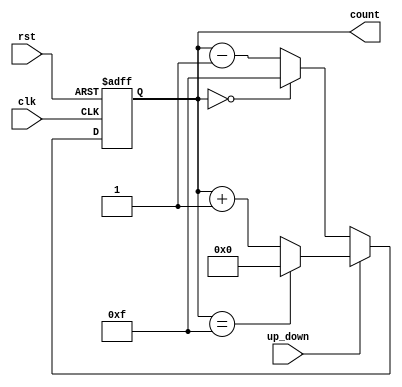
module up_down_counter (
    input wire clk,            // Clock signal
    input wire rst,            // Asynchronous reset
    input wire up_down,        // Control signal for counting direction (1 = up, 0 = down)
    output reg [3:0] count     // 4-bit binary count output
);

// Maximum count value for a 4-bit counter
localparam MAX_COUNT = 4'b1111; // 15 in decimal
localparam MIN_COUNT = 4'b0000; // 0 in decimal

// Always block triggered on the rising edge of the clock or reset
always @(posedge clk or posedge rst) begin
    if (rst) begin
        count <= MIN_COUNT; // Reset the counter to zero
    end else begin
        if (up_down) begin
            // Count Up
            if (count == MAX_COUNT) begin
                count <= MIN_COUNT; // Wrap around to zero
            end else begin
                count <= count + 1; // Increment count
            end
        end else begin
            // Count Down
            if (count == MIN_COUNT) begin
                count <= MAX_COUNT; // Wrap around to maximum
            end else begin
                count <= count - 1; // Decrement count
            end
        end
    end
end

endmodule